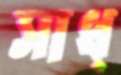
সাধ্‌